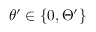
\theta ^ { \prime } \in \left\{ 0 , \Theta ^ { \prime } \right\}